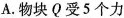
A.物块Q受5个力